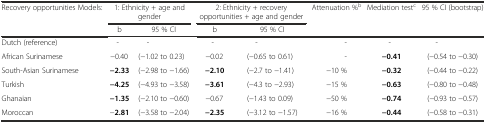
| Recovery opportunities Models: | <COLSPAN=2> 1: Ethnicity + age and gender | <COLSPAN=2> 2: Ethnicity + recovery opportunities + age and gender | Attenuation %b | Mediation testc | 95 % CI (bootstrap) |
 |  | b | 95 % CI | b | 95 % CI |  |  |  |
 | --- | --- | --- | --- | --- | --- | --- | --- |
 | Dutch (reference) | - | - | - | - | - | - | - |
 | African Surinamese | −0.40 | (−1.02 to 0.23) | −0.02 | (−0.65 to 0.61) | - | −0.41 | (−0.54 to −0.30) |
 | South-Asian Surinamese | −2.33 | (−2.98 to −1.66) | −2.10 | (−2.7 to −1.41) | −10 % | −0.32 | (−0.44 to −0.22) |
 | Turkish | −4.25 | (−4.93 to −3.58) | −3.61 | (−4.3 to −2.93) | −15 % | −0.63 | (−0.80 to −0.48) |
 | Ghanaian | −1.35 | (−2.10 to −0.60) | −0.67 | (−1.43 to 0.09) | −50 % | −0.74 | (−0.93 to −0.57) |
 | Moroccan | −2.81 | (−3.58 to −2.04) | −2.35 | (−3.12 to −1.57) | −16 % | −0.44 | (−0.58 to −0.31) |